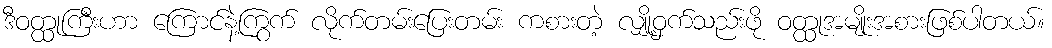
ဒီဝတ္ထုကြီးဟာ ကြောင်နဲ့ကြွက် လိုက်တမ်းပြေးတမ်း ကစားတဲ့ လျှို့ဝှက်သည်းဖို ဝတ္ထုအမျိုးအစားဖြစ်ပါတယ်။